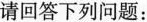
请回答下列问题：